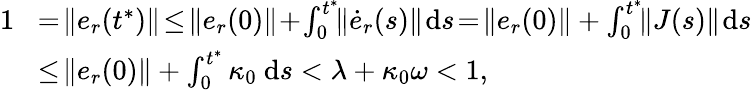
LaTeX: \begin{array}{rl}{1\! }&{=\! \| e_{r}(t^{*})\| \! \le\! \| e_{r}(0)\| \! +\! \textstyle\int_{0}^{t^{*}}\! \! \| \dot{e}_{r}(s)\| \! \ \mathrm{d}s\! =\! \| e_{r}(0)\| +\textstyle\int_{0}^{t^{*}}\! \! \| J(s)\| \! \ \mathrm{d}s}\\ {\! }&{\le\! \| e_{r}(0)\| +\textstyle\int_{0}^{t^{*}}\kappa_{0}\ \mathrm{d}s<\lambda+\kappa_{0}\omega<1,}\end{array}